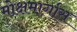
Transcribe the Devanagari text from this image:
मोक्षमार्गास